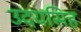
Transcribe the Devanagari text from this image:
उदयसिह